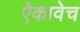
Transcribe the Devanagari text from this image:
ऐकावेच